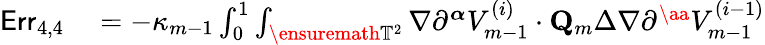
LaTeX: \begin{array}{rl}{\mathsf{Err}_{4,4}}&{{}=-\kappa_{m-1}\int_{0}^{1}\int_{\ensuremath{\mathbb{T}}^{2}}\nabla\partial^{\boldsymbol{\alpha}}V_{m-1}^{(i)}\cdot{\mathbf{Q}}_{m}\Delta\nabla\partial^{\aa}V_{m-1}^{(i-1)}}\end{array}